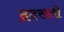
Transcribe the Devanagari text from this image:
द्रदसतो